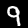
Digit: 9